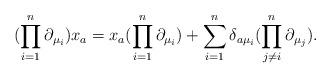
LaTeX: \begin{align*}(\prod\limits_{i=1}^{n}\partial_{\mu_i})x_a = x_a (\prod\limits_{i=1}^{n}\partial_{\mu_i})+\sum\limits_{i=1}^{n}\delta_{a \mu_i}(\prod\limits_{j\ne i}^{n}\partial_{\mu_j}).\end{align*}